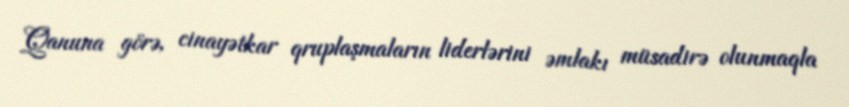
Qanuna görə, cinayətkar qruplaşmaların liderlərini əmlakı müsadirə olunmaqla